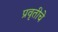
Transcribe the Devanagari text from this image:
प्रवृतीचे